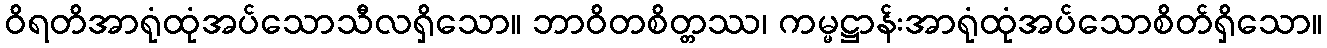
ဝိရတိအာရုံထုံအပ်သောသီလရှိသော။ ဘာဝိတစိတ္တဿ၊ ကမ္မဋ္ဌာန်းအာရုံထုံအပ်သောစိတ်ရှိသော။